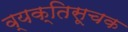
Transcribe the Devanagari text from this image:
व्यक्तिसूचक